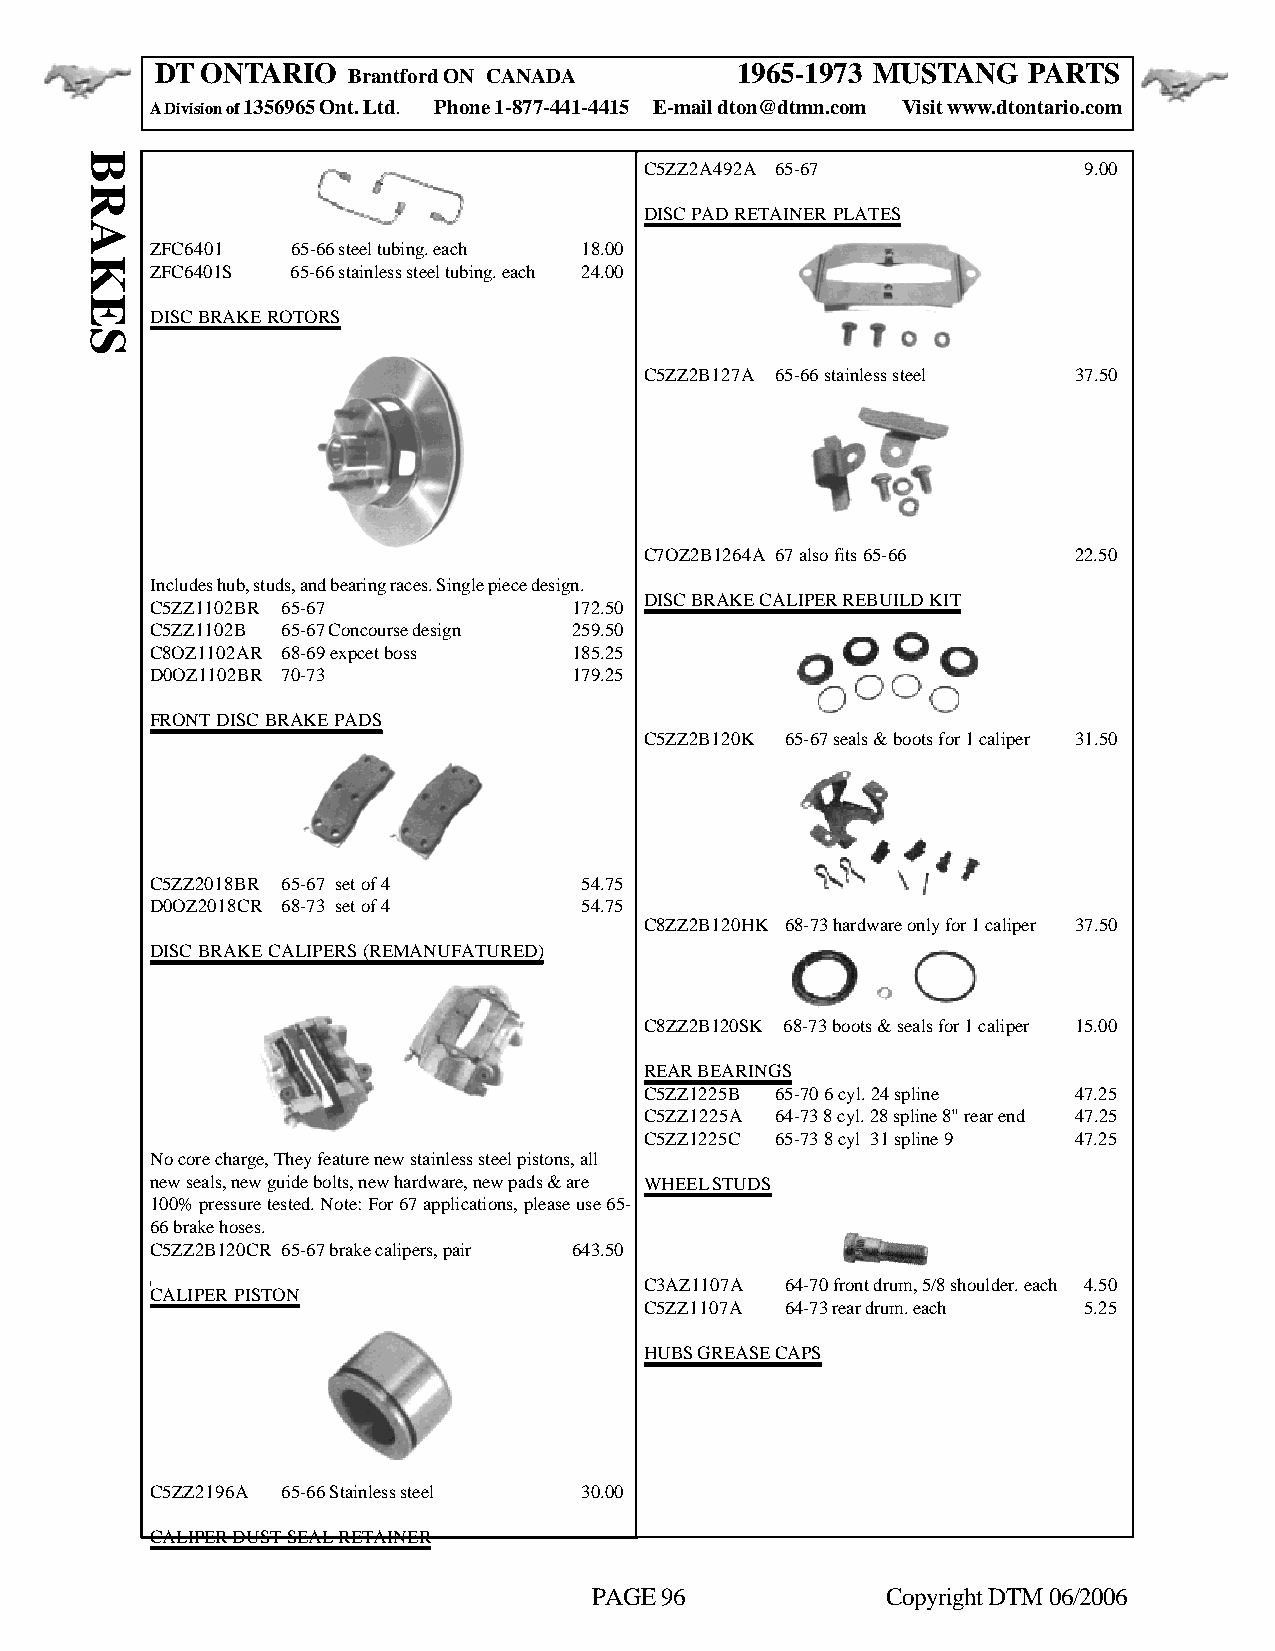
DT ONTARIO                             1965-1973 MUSTANG  PARTS
 Brantford ON CANADA
 A Division of 1356965 Ont. Ltd. Phone 1-877-441-4415 E-mail dton@dtmn.com Visit www.dtontario.com
 C5ZZ2A492A 65-67             9.00
 DISC PAD RETAINER PLATES
 ZFC6401  65-66 steel tubing. each 18.00
 ZFC6401S 65-66 stainless steel tubing. each 24.00
 DISC BRAKE ROTORS
 C5ZZ2B127A 65-66 stainless steel 37.50
 C7OZ2B1264A 67 also fits 65-66 22.50
 Includes hub, studs, and bearing races. Single piece design.
 DISC BRAKE CALIPER REBUILD KIT
 C5ZZ1102BR 65-67            172.50
 C5ZZ1102B 65-67 Concourse design 259.50
 C8OZ1102AR 68-69 expcet boss 185.25
 D0OZ1102BR 70-73            179.25
 FRONT DISC BRAKE PADS
 C5ZZ2B120K 65-67 seals & boots for 1 caliper 31.50
 C5ZZ2018BR 65-67 set of 4   54.75
 D0OZ2018CR 68-73 set of 4   54.75
 C8ZZ2B120HK 68-73 hardware only for 1 caliper 37.50
 DISC BRAKE CALIPERS (REMANUFATURED)
 C8ZZ2B120SK 68-73 boots & seals for 1 caliper 15.00
 REAR BEARINGS
 C5ZZ1225B 65-70 6 cyl. 24 spline 47.25
 C5ZZ1225A 64-73 8 cyl. 28 spline 8" rear end 47.25
 C5ZZ1225C 65-73 8 cyl 31 spline 9 47.25
 No core charge, They feature new stainless steel pistons, all
 new seals, new guide bolts, new hardware, new pads & are WHEEL STUDS
 100% pressure tested. Note: For 67 applications, please use 65-
 66 brake hoses.
 C5ZZ2B120CR 65-67 brake calipers, pair 643.50
 C3AZ1107A 64-70 front drum, 5/8 shoulder. each 4.50
 CALIPER PISTON
 C5ZZ1107A 64-73 rear drum. each 5.25
 HUBS GREASE CAPS
 C5ZZ2196A 65-66 Stainless steel 30.00
 CALIPER DUST SEAL RETAINER
 PAGE 96             Copyright DTM 06/2006
 BRAKES